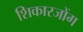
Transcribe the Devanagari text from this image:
शिकारजोंग